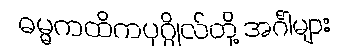
ဓမ္မကထိကပုဂ္ဂိုလ်တို့ အင်္ဂါများ